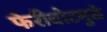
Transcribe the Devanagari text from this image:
फेरीबोटमुळे